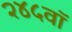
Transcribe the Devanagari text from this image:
२४५वॉ